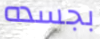
بجسده